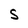
Character: S